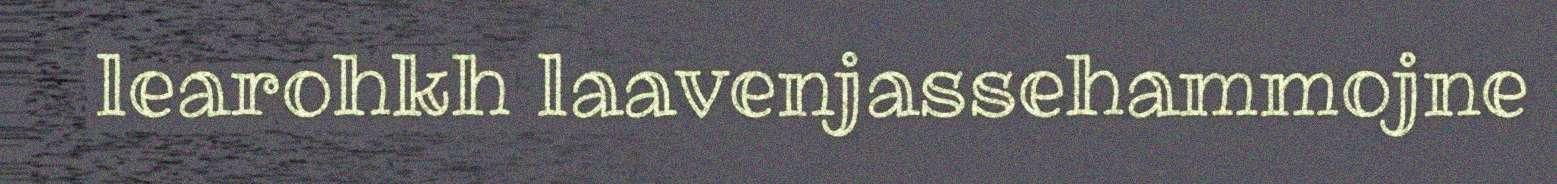
learohkh laavenjassehammojne